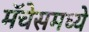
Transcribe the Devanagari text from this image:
मॅचेसमध्ये